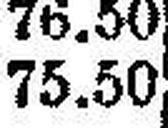
75.50